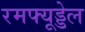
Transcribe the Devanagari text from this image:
रमफ्यूड्डेल